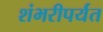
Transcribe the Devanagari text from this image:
शंभरीपर्यंत